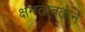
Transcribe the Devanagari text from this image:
क्षमताबढ़ाने